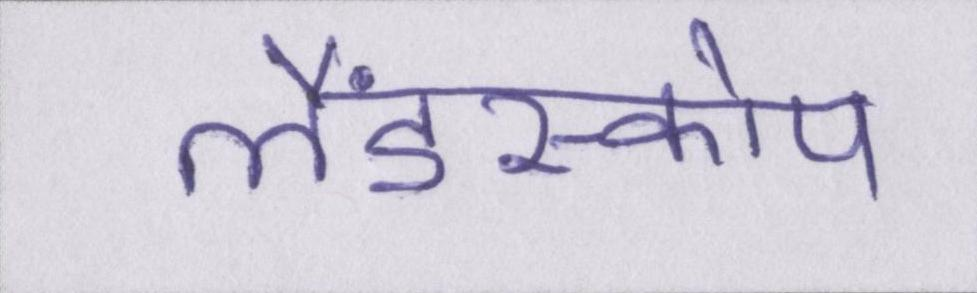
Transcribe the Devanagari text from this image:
लैंडस्कोप